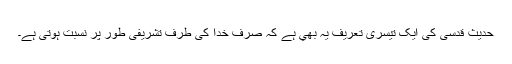
حدیث قدسی کی ایک تیسری تعریف یہ بھي ہے کہ صرف خدا کی طرف تشریفی طور پر نسبت ہوتی ہے۔